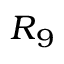
\boldsymbol { R } _ { 9 }